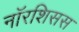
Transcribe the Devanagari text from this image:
नॉरशिसस